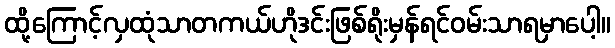
ထို့ကြောင့်လှထုံသာတကယ်ဟိုဒင်းဖြစ်ရိုးမှန်ရင်ဝမ်းသာရမှာပေါ့။